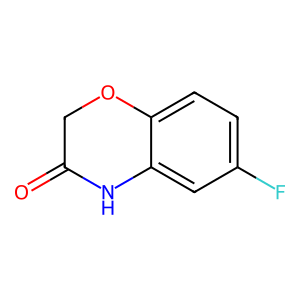
SMILES: O=C1COc2ccc(F)cc2N1
Inhibits HIV replication: No